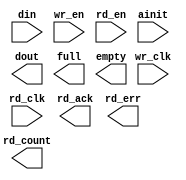
module result_fifo(
	din,
	wr_en,
	wr_clk,
	rd_en,
	rd_clk,
	ainit,
	dout,
	full,
	empty,
	rd_count,
	rd_ack,
	rd_err);


input [31 : 0] din;
input wr_en;
input wr_clk;
input rd_en;
input rd_clk;
input ainit;
output [31 : 0] dout;
output full;
output empty;
output [7 : 0] rd_count;
output rd_ack;
output rd_err;

// synopsys translate_off

      ASYNC_FIFO_V6_1 #(
		32,	// c_data_width
		0,	// c_enable_rlocs
		255,	// c_fifo_depth
		0,	// c_has_almost_empty
		0,	// c_has_almost_full
		1,	// c_has_rd_ack
		1,	// c_has_rd_count
		1,	// c_has_rd_err
		0,	// c_has_wr_ack
		0,	// c_has_wr_count
		0,	// c_has_wr_err
		0,	// c_rd_ack_low
		8,	// c_rd_count_width
		0,	// c_rd_err_low
		1,	// c_use_blockmem
		0,	// c_wr_ack_low
		2,	// c_wr_count_width
		0)	// c_wr_err_low
	inst (
		.DIN(din),
		.WR_EN(wr_en),
		.WR_CLK(wr_clk),
		.RD_EN(rd_en),
		.RD_CLK(rd_clk),
		.AINIT(ainit),
		.DOUT(dout),
		.FULL(full),
		.EMPTY(empty),
		.RD_COUNT(rd_count),
		.RD_ACK(rd_ack),
		.RD_ERR(rd_err),
		.ALMOST_FULL(),
		.ALMOST_EMPTY(),
		.WR_COUNT(),
		.WR_ACK(),
		.WR_ERR());


// synopsys translate_on

// FPGA Express black box declaration
// synopsys attribute fpga_dont_touch "true"
// synthesis attribute fpga_dont_touch of result_fifo is "true"

// XST black box declaration
// box_type "black_box"
// synthesis attribute box_type of result_fifo is "black_box"

endmodule